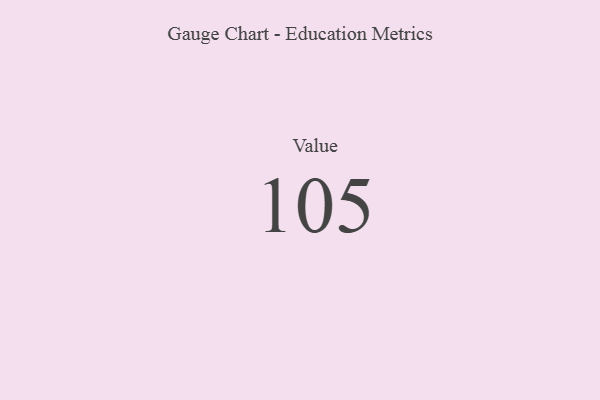
{"axis": {"x": "Metric", "y": "Value"}, "legend": [""], "data": [{"x": "Value", "y": 105, "type": ""}]}